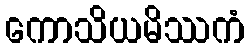
ကောသိယမိဿကံ